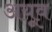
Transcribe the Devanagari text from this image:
अयूव